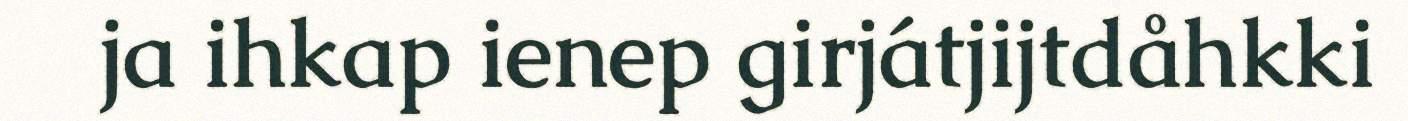
ja ihkap ienep girjátjijtdåhkki